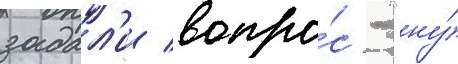
задал'и вопро́с - "ну́